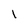
Character: 1